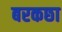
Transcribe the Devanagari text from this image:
बरकछा